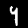
Digit: 9